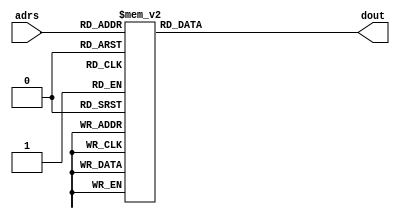
`timescale 1ns/1ns

module rom(adrs, dout);
	input  [3:0] adrs;
	output [7:0] dout;
	reg    [7:0] dout;

	always@(adrs) begin
		case(adrs)
			/*  */
			4'b0000: dout <= 8'h01;
			4'b0001: dout <= 8'h14;
			4'b0010: dout <= 8'h32;
			4'b0011: dout <= 8'h32;
			4'b0100: dout <= 8'h22;
			4'b0101: dout <= 8'h22;
			4'b0110: dout <= 8'h02;
			4'b0111: dout <= 8'h70;
			4'b1000: dout <= 8'h71;
			4'b1001: dout <= 8'h72;
			4'b1010: dout <= 8'hxx;
			4'b1011: dout <= 8'hxx;
			4'b1100: dout <= 8'hxx;
			4'b1101: dout <= 8'hxx;
			4'b1110: dout <= 8'hxx;
			4'b1111: dout <= 8'hxx;
			default: dout <= 8'hxx;
			/*  */
		endcase
	end
endmodule